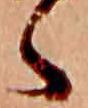
く